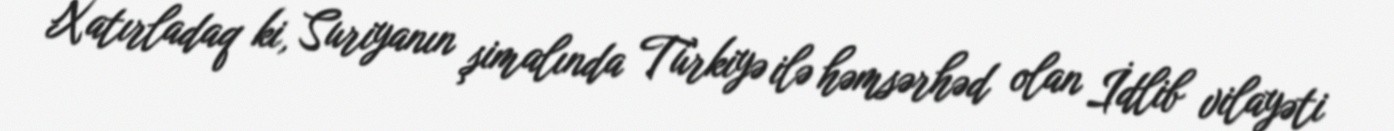
Xatırladaq ki, Suriyanın şimalında Türkiyə ilə həmsərhəd olan İdlib vilayəti